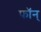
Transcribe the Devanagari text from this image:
फॉन्